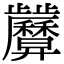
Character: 𢍷